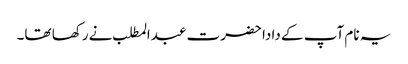
یہ نام آپ کے دادا حضرت عبدالمطلب نے رکھا تھا۔